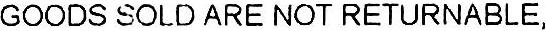
GOODS SOLD ARE NOT RETURNABLE,